Report of the Municipal Commissioner on the plague in Bombay for the year ending 31st May... - Volume 1
Disease focus: Plague
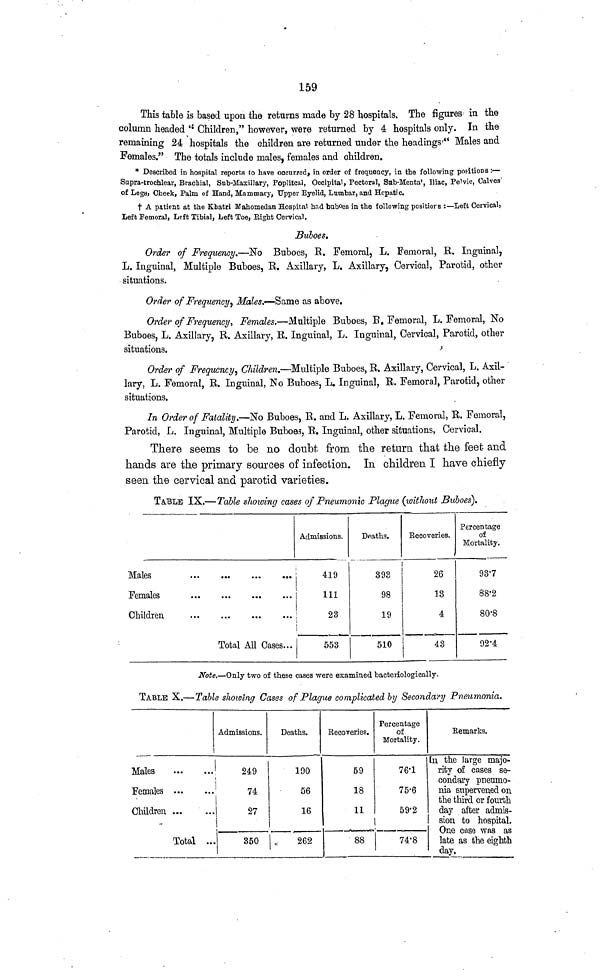
159
This table is based upon the returns made by 28 hospitals. The figures in the
column headed " Children," however, were returned by 4 hospitals only. In the
remaining 24 hospitals the children are returned under the headings " Males and
Females." The totals include males, females and children.
* Described in hospital reports to have occurred, in order of frequency, in the following positions:—
Supra-trochlear, Brachial, Sub-Maxillary, Popliteal, Occipital, Pectoral, Sub-Mental, Iliac, Pelvic, Calves
of Legs, Cheek, Palm of Hand, Mammary, Upper Eyelid, Lumbar, and Hepatic.
A patient at the Khatri Mahomedan Hospital had buboes in the following positions :—Left Cervical)
Left Femoral, Left Tibial, Left Toe, Right Cervical.
Buboes.
Order of Frequency.—No Buboes, R. Femoral, L. Femoral, R. Inguinal,
L. Inguinal, Multiple Buboes, R. Axillary, L. Axillary, Cervical, Parotid, other
situations.
Order of Frequency, Males.—Same as above.
Order of Frequency, Females.—Multiple Buboes, R. Femoral, L. Femoral, No
Buboes, L. Axillary, R. Axillary, R. Inguinal, L. Inguinal, Cervical, Parotid, other
situations.
Order of Frequency, Children.—Multiple Buboes, R. Axillary, Cervical, L. Axil-
lary, L. Femoral, R. Inguinal, No Buboes, L. Inguinal, R. Femoral, Parotid, other
situations.
In Order of Fatality.—No Buboes, R. and L. Axillary, L. Femoral, R. Femoral,
Parotid, L. Inguinal, Multiple Buboes, R. Inguinal, other situations, Cervical.
There seems to be no doubt from the return that the feet and
hands are the primary sources of infection. In children I have chiefly
seen the cervical and parotid varieties.
TABLE IX.— Table showing cases of Pneumonic Plague (without Buboes).
Males
Total All Cases
Admissions.
419
111
23
553
Deaths.
393
98
19
510
Recoveries.
26
13
4
43
Percentage
of
Mortality .
937
88·2
80·8
92·4
Note.—Only two of these cases were examined bacteriologically.
TABLE X.—'Table showing Cases of Plague complicated by Secondary Pneumonia.
Males
Females
Children
Total
Admissions.
249
74
27
350
Deaths.
190
56
16
262
Recoveries.
59
18
11
88
Percentage
of
Mortality.
76·1
75·6
59·2
74·8
Remarks.
In the large majo-
rity of cases se-
condary pneumo-
nia supervened on
the third or fourth
day after admis-
sion to hospital.
One case was as
late as the eighth
day.